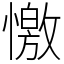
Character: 憿